Indian journal of veterinary science and animal husbandry - Volume 11,
Year: 1941
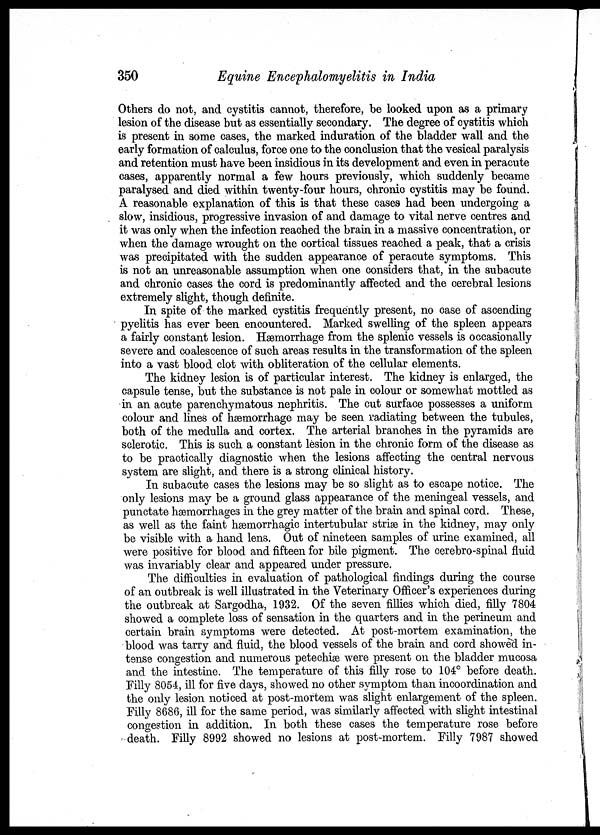
350
Equine Encephalomyelitis in India
Others do not, and cystitis cannot, therefore, be looked upon as a primary
lesion of the disease but as essentially secondary. The degree of cystitis which
is present in some cases, the marked induration of the bladder wall and the
early formation of calculus, force one to the conclusion that the vesical paralysis
and retention must have been insidious in its development and even in peracute
cases, apparently normal a few hours previously, which suddenly became
paralysed and died within twenty-four hours, chronic cystitis may be found.
A reasonable explanation of this is that these cases had been undergoing a
slow, insidious, progressive invasion of and damage to vital nerve centres and
it was only when the infection reached the brain in a massive concentration, or
when the damage wrought on the cortical tissues reached a peak, that a crisis
was precipitated with the sudden appearance of peracute symptoms. This
is not an unreasonable assumption when one considers that, in the subacute
and chronic cases the cord is predominantly affected and the cerebral lesions
extremely slight, though definite.
In spite of the marked cystitis frequently present, no case of ascending
pyelitis has ever been encountered. Marked swelling of the spleen appears
a fairly constant lesion. Hæmorrhage from the splenic vessels is occasionally
severe and coalescence of such areas results in the transformation of the spleen
into a vast blood clot with obliteration of the cellular elements.
The kidney lesion is of particular interest. The kidney is enlarged, the
capsule tense, but the substance is not pale in colour or somewhat mottled as
in an acute parenchymatous nephritis. The cut surface possesses a uniform
colour and lines of hæmorrhage may be seen radiating between the tubules,
both of the medulla and cortex. The arterial branches in the pyramids are
sclerotic. This is such a constant lesion in the chronic form of the disease as
to be practically diagnostic when the lesions affecting the central nervous
system are slight, and there is a strong clinical history.
In subacute cases the lesions may be so slight as to escape notice. The
only lesions may be a ground glass appearance of the meningeal vessels, and
punctate hæmorrhages in the grey matter of the brain and spinal cord. These,
as well as the faint hæmorrhagic intertubular striæ in the kidney, may only
be visible with a hand lens. Out of nineteen samples of urine examined, all
were positive for blood and fifteen for bile pigment. The cerebro-spinal fluid
was invariably clear and appeared under pressure.
The difficulties in evaluation of pathological findings during the course
of an outbreak is well illustrated in the Veterinary Officer's experiences during
the outbreak at Sargodha, 1932. Of the seven fillies which died, filly 7804
showed a complete loss of sensation in the quarters and in the perineum and
certain brain symptoms were detected. At post-mortem examination, the
blood was tarry and fluid, the blood vessels of the brain and cord showed in-
tense congestion and numerous petechiæ were present on the bladder mucosa
and the intestine. The temperature of this filly rose to 104° before death.
Filly 8054, ill for five days, showed no other symptom than incoordination and
the only lesion noticed at post-mortem was slight enlargement of the spleen.
Filly 8686, ill for the same period, was similarly affected with slight intestinal
congestion in addition. In both these cases the temperature rose before
death. Filly 8992 showed no lesions at post-mortem. Filly 7987 showed